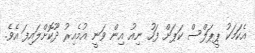
އެކަަމަކު ޕީޕަލްސް ކަޕަށް ފަހު ނިއު އިން ވަނީ އުމެއިރު ދޫކޮށްލައިފަ އެވެ.